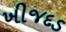
ખીજદડ